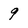
Character: 9